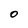
Character: O